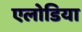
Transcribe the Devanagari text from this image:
एलोडिया